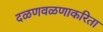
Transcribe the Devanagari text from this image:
दळणवळणाकरिता